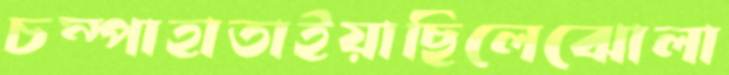
চম্পাহাতাইয়াছিলেঝোলা